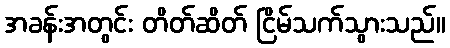
အခန်းအတွင်း တိတ်ဆိတ် ငြိမ်သက်သွားသည်။